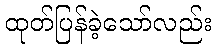
ထုတ်ပြန်ခဲ့သော်လည်း